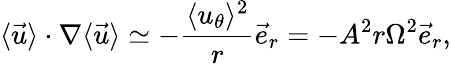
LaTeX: \langle\vec{u}\rangle\cdot\nabla\langle\vec{u}\rangle\simeq-\frac{\langle u_{\theta}\rangle^{2}}{r}\vec{e}_{r}=-A^{2}r\Omega^{2}\vec{e}_{r},